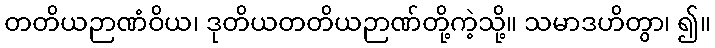
တတိယဉာဏံဝိယ၊ ဒုတိယတတိယဉာဏ်တို့ကဲ့သို့။ သမာဒဟိတွာ၊ ၍။